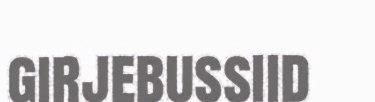
girjebussiid